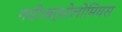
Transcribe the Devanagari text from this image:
गयी।बर्थोलोमियस